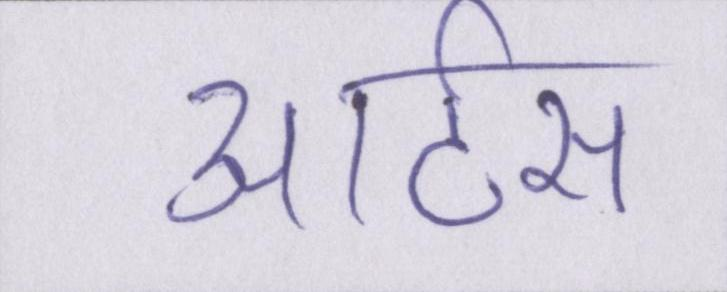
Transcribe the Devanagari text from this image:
आर्टस